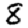
Digit: 8